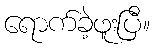
ရောက်ခဲ့ဖူးပြီ။